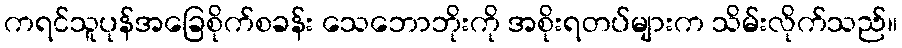
ကရင်သူပုန်အခြေစိုက်စခန်း သေဘောဘိုးကို အစိုးရတပ်များက သိမ်းလိုက်သည်။